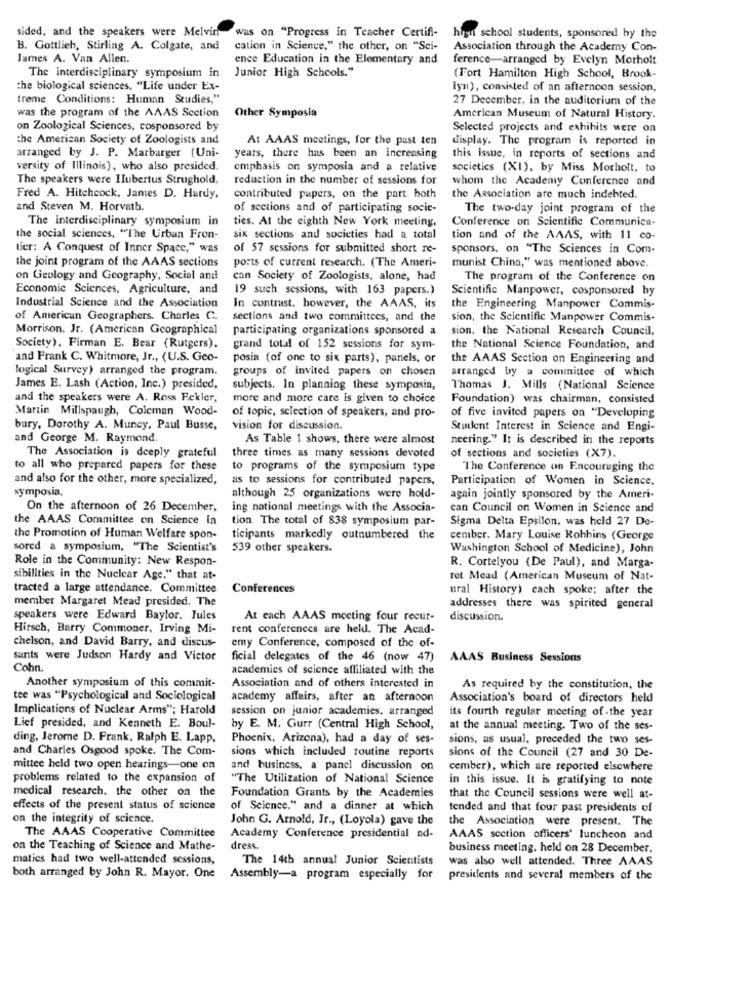
sided, and the speakers were Melvin
was on "Progress in Teacher Certifi-
high school students, sponsored by the
B. Gottlieh, Stirling A. Colgate, and
cation in Science," the other, on "Sci-
Association through the Academy Con-
James A. Van Allen.
ence Education in the Elementary and
ference-arranged by Evelyn Morholt
The interdisciplinary symposium in
Junior High Schools."
(Fort Hamilton High School, Brook-
the biological sciences, "Life under Ex-
lyn), consisted of an afternoon session,
treme Conditions: Human Studies,"
27 December, in the auditorium of the
was the program of the AAAS Section
Other Symposia
American Museum of Natural History.
on Zoological Sciences, cosponsored by
Selected projects and exhibits were on
the American Society of Zoologists and
At AAAS meetings, for the past ten
display. The program is reported in
arranged by J. P. Marbarger (Uni-
years, there has been an increasing
this issue, in reports of sections and
versity of Illinois), who also presided.
emphasis on symposia and a relative
societies (XI), by Miss Motholt, to
The speakers were Hubertus Strughold,
reduction in the number of sessions for
whom the Academy Conference and
Fred A. Hitchcock, Jantes D. Hardy,
contributed papers, on the part both
the Association are much indebted.
and Steven M. Horvath.
of sections and of participating socie-
The two-day joint program of the
The interdisciplinary symposium in
ties. At the eighth New York meeting,
Conference on Scientific Communica-
the social sciences, "The Urban Fron-
six sections and societies had a total
tion and of the AAAS, with 11 co-
tier: A Conquest of Inner Space," was
of 57 sessions for submitted short re-
sponsors. on "The Sciences in Com-
the joint program of the AAAS sections
ports of current research. (The Ameri-
munist China," was mentioned above.
on Geology and Geography, Social and
can Society of Zoologists, alone, had
The program of the Conference on
Economic Sciences, Agriculture, and
19 such sessions, with 163 papers.)
Scientific Manpower, cosponsored by
Industrial Science and the Association
In contrast, however, the AAAS, its
the Engineering Manpower Commis-
of American Geographers. Charles C.
sections and two committees, and the
sion, the Scientific Manpower Commis-
Morrison, Jr. (American Geographical
participating organizations sponsored a
sion, the National Research Council,
Society), Firman E. Bear (Rutgers).
grand total of 152 sessions for sym-
the National Science Foundation, and
and Frank C. Whitmore, Jr ., (U.S. Geo-
posia (of one to six parts), panels, or
the AAAS Section on Engineering and
logical Survey) arranged the program.
groups of invited papers on chosen
arranged by a committee of which
James E. Lash (Action, Inc.) presided,
subjects. In planning these symposia,
Thomas J. Mills (National Science
and the speakers were A. Ross Eckler,
more and more care is given to choice
Foundation) was chairman, consisted
Martin Millspaugh, Coleman Wood-
of topic, selection of speakers, and pro-
of five invited papers on "Developing
bury, Dorothy A. Muncy, Paul Busse,
vision for discussion.
Student Interest in Science and Engi-
and George M. Raymond.
As Table 1 shows, there were almost
neering." It is described in the reports
The Association is deeply grateful
three times as many sessions devoted
of sections and societies (X7).
to all who prepared papers for these
to programs of the symposium type
"The Conference on Encouraging the
and also for the other, more specialized,
as to sessions for contributed papers,
Participation of Women in Science.
symposia.
although 25 organizations were hold-
again jointly sponsored by the Ameri-
On the afternoon of 26 December,
ing national meetings with the Associa-
can Council on Women in Science and
the AAAS Committee on Science in
tion. The total of 838 symposium par-
Sigma Delta Epsilon, was held 27 De-
the Promotion of Human Welfare spon-
ticipants markedly outnumbered the
cember. Mary Louise Kohhins (George
sored a symposium, "The Scientist's
539 other speakers.
Washington School of Medicine), John
Role in the Community: New Respon-
R. Cortelyou (De Paul), and Marga-
sibilities in the Nuclear Age." that at-
ret Mead (American Museum of Nat-
tracted a large attendance. Committee
Conferences
ural History) cach spoke; after the
member Margaret Mead presided. The
addresses there was spirited general
speakers were Edward Baylor. Jules
At each AAAS meeting four recur-
discussion.
Hirsch, Barry Commoner, Irving Mi-
rent conferences are held. The Acad-
emy Conference, composed of the of-
chelson, and David Barry, and discus-
sants were Judson Hardy and Victor
ficial delegates of the 46 (now 47)
AAAS Business Sessions
Cohn.
academics of science affiliated with the
Another symposium of this commit-
Association and of others interested in
As required by the constitution, the
tee was "Psychological and Sociological
academy affairs, after an afternoon
Association's board of directors held
Implications of Nuclear Arms"; Harold
session on junior academies. arranged
its fourth regular meeting of the year
Lief presided, and Kenneth E. Boul-
by E. M. Gurr (Central High School,
at the annual meeting. Two of the ses-
ding, Jerome D. Frank, Ralph E. Lapp,
Phoenix, Arizona), had a day of ses-
sions, as usual, preceded the two ses-
and Charles Osgood spoke. The Com-
sions which included routine reports
sions of the Council (27 and 30 De-
mittee held two open hearings-one on
and business, a panel discussion on
cember), which are reported elsewhere
problems related to the expansion of
"The Utilization of National Science
in this issue. It is gratifying to note
medical research, the other on the
Foundation Grants by the Academies
that the Council sessions were well at-
effects of the present status of science
of Science," and a dinner at which
tended and that four past presidents of
on the integrity of science.
John G. Arnold, Jr ., (Loyola) gave the
the Association were present. The
The AAAS Cooperative Committee
Academy Conference presidential ad-
AAAS section officers' luncheon and
on the Teaching of Science and Mathe-
dress.
business meeting. held on 28 December,
matics had two well-attended sessions,
The 14th annual Junior Scientists
was also well attended. Three AAAS
both arranged by John R. Mayor. One
Assembly-a program especially for
presidents and several members of the